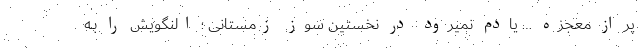
پر از معجزه … یادم نمیرود در نخستین سوزِ زمستانی ؛ النگویش را بـه